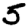
Digit: 5